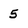
Character: 5